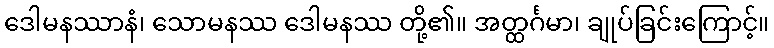
ဒေါမနဿာနံ၊ သောမနဿ ဒေါမနဿ တို့၏။ အတ္ထင်္ဂမာ၊ ချုပ်ခြင်းကြောင့်။